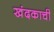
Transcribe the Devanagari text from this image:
खंदकाची